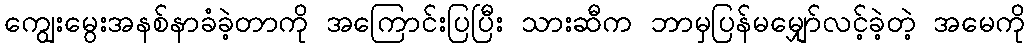
ကျွေးမွေးအနစ်နာခံခဲ့တာကို အကြောင်းပြပြီး သားဆီက ဘာမှပြန်မမျှော်လင့်ခဲ့တဲ့ အမေကို